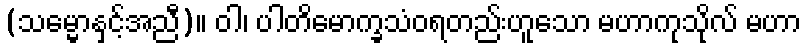
(သမ္မောနှင့်အညီ)။ ဝါ၊ ပါတိမောက္ခသံဝရတည်းဟူသော မဟာကုသိုလ် မဟာ